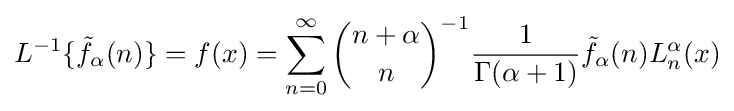
L^{-1}\{{\tilde {f}}_{\alpha }(n)\}=f(x)=\sum _{n=0}^{\infty }{\binom {n+\alpha }{n}}^{-1}{\frac {1}{\Gamma (\alpha +1)}}{\tilde {f}}_{\alpha }(n)L_{n}^{\alpha }(x)